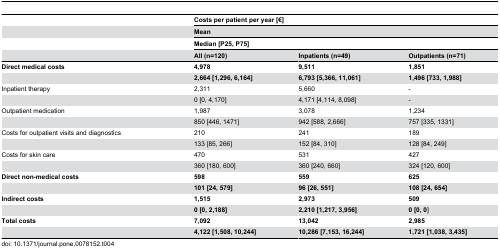
|  | <COLSPAN=3> Costs per patient per year [€] |
 |  | <COLSPAN=3> Mean |
 |  | <COLSPAN=3> Median [P25, P75] |
 |  | All (n=120) | Inpatients (n=49) | Outpatients (n=71) |
 | --- | --- | --- | --- |
 | Direct medical costs | 4,978 | 9,511 | 1,851 |
 |  | 2,664 [1,296, 6,164] | 6,793 [5,366, 11,061] | 1,496 [733, 1,988] |
 | Inpatient therapy | 2,311 | 5,660 | - |
 |  | 0 [0, 4,170] | 4,171 [4,114, 8,098] | - |
 | Outpatient medication | 1,987 | 3,078 | 1,234 |
 |  | 850 [446, 1471] | 942 [588, 2,666] | 757 [335, 1331] |
 | Costs for outpatient visits and diagnostics | 210 | 241 | 189 |
 |  | 133 [85, 266] | 152 [84, 310] | 128 [84, 249] |
 | Costs for skin care | 470 | 531 | 427 |
 |  | 360 [180, 600] | 360 [240, 660] | 324 [120, 600] |
 | Direct non-medical costs | 598 | 559 | 625 |
 |  | 101 [24, 579] | 96 [26, 551] | 108 [24, 654] |
 | Indirect costs | 1,515 | 2,973 | 509 |
 |  | 0 [0, 2,188] | 2,210 [1,217, 3,956] | 0 [0, 0] |
 | Total costs | 7,092 | 13,042 | 2,985 |
 |  | 4,122 [1,508, 10,244] | 10,286 [7,153, 16,244] | 1,721 [1,038, 3,435] |